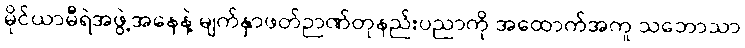
မိုင်ယာမီရဲအဖွဲ့အနေနဲ့ မျက်နှာဖတ်ဉာဏ်တုနည်းပညာကို အထောက်အကူ သဘောသာ